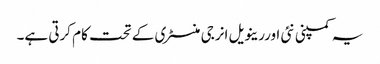
یہ کمپنی نئی اوررینویل انرجی منسٹری کے تحت کام کرتی ہے۔